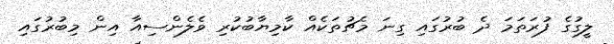
ލީގުގެ ފުރަތަމަ ދެ ބުރުގައި ގިނަ މެޗުތަކެއް ކާމިޔާބުކުރި ވެލެންސިއާ އިން މިބުރުގައި